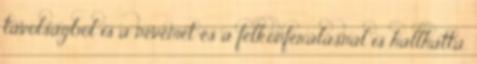
távolságból is a nevemet és a felkonferálásnál is hallhatta.